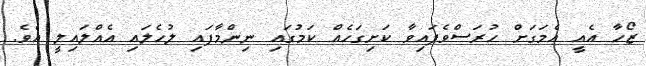
ޒޯހާ އެއީ އެމަގަށް ހުރަސްވެފައިވާ ކަށިގަހެއް ކަމުގައި ނިންމާފައި ލުހެލައި އެއްލައިލީ އެވެ.